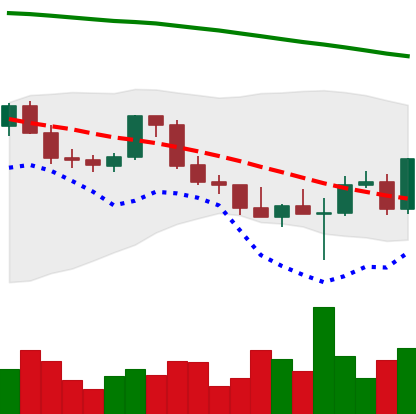
Ticker: ETH-USD
Chart end date: 2022-02-28
Forward return: -8.714%
Label: down_7plus